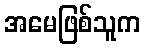
အမေဖြစ်သူက